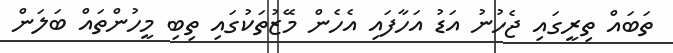
ތަބައް ތިރީގައި ޖެހުނު އަޑު އަހާފައި އެހެން މޭަޒުތަކުގައި ތިބި މީހުންތައް ބަލަން